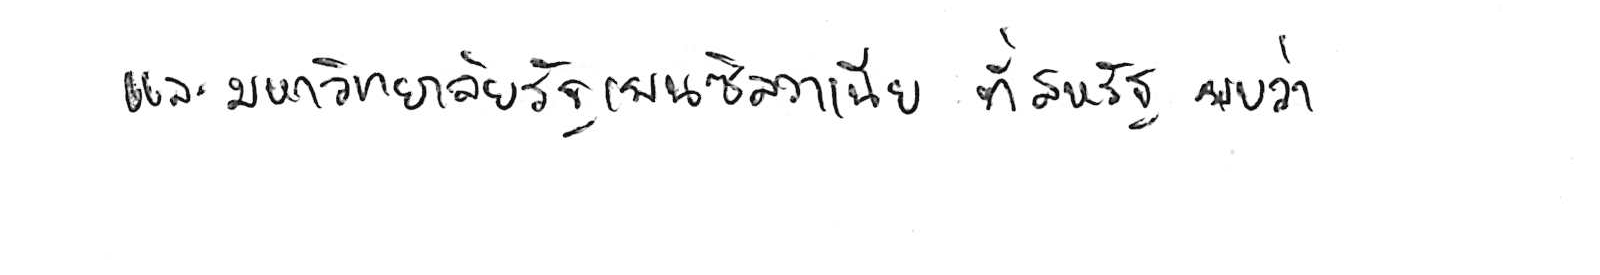
และมหาวิทยาลัยรัฐเพนซิลวาเนีย ที่สหรัฐ พบว่า